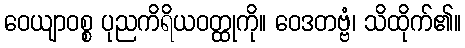
ဝေယျာဝစ္စ ပုညကိရိယဝတ္ထုကို။ ဝေဒတဗ္ဗံ၊ သိထိုက်၏။